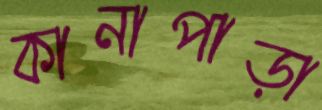
কানাপাড়া